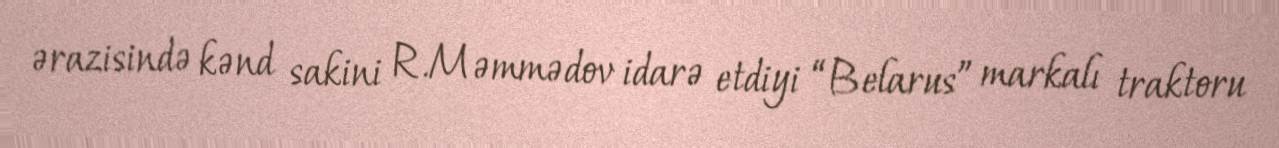
ərazisində kənd sakini R.Məmmədov idarə etdiyi “Belarus” markalı traktoru